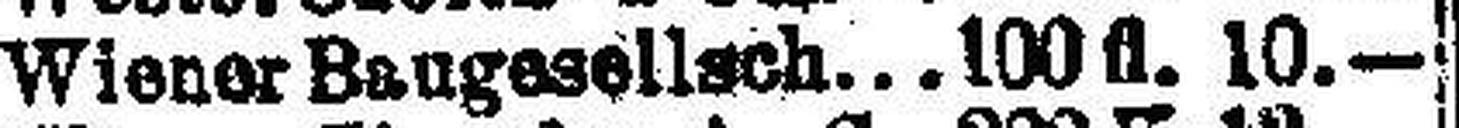
Wiener Baugesellsch. 100 fl. 10.—